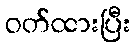
ဝတ်ထားပြီး